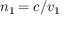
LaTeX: n _ { 1 \! } = c / v _ { 1 }